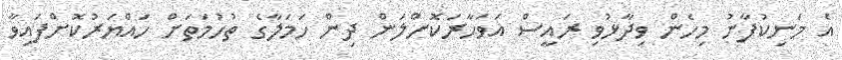
އެ މަނިކުފާނު މިހެން ވިދާޅުވި ރައީސް އަވަހާރަކޮށްލަން ދިން ހަމަލާގެ ތުހުމަތަށް ހައްޔަރުކޮށްފައިވާ